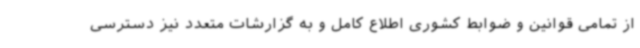
از تمامی قوانین و ضوابط کشوری اطلاع کامل و به گزارشات متعدد نیز دسترسی